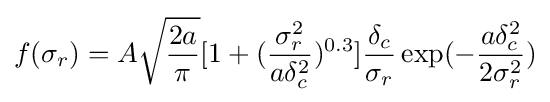
f(\sigma _{r})=A{\sqrt {\frac {2a}{\pi }}}[1+({\frac {\sigma _{r}^{2}}{a\delta _{c}^{2}}})^{0.3}]{\frac {\delta _{c}}{\sigma _{r}}}\exp(-{\frac {a\delta _{c}^{2}}{2\sigma _{r}^{2}}})